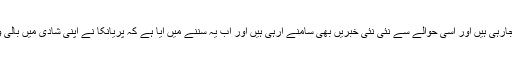
ان کی شادی کی تیاریاں زور و شور سے جارہی ہیں اور اسی حوالے سے نئی نئی خبریں بھی سامنے آرہی ہیں اور اب یہ سننے میں آیا ہے کہ پریانکا نے اپنی شادی میں بالی ووڈ ستاروں کو نہ بلانے کا فیصلہ کیا ہے۔